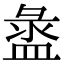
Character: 盝